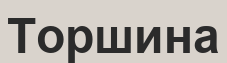
Торшина